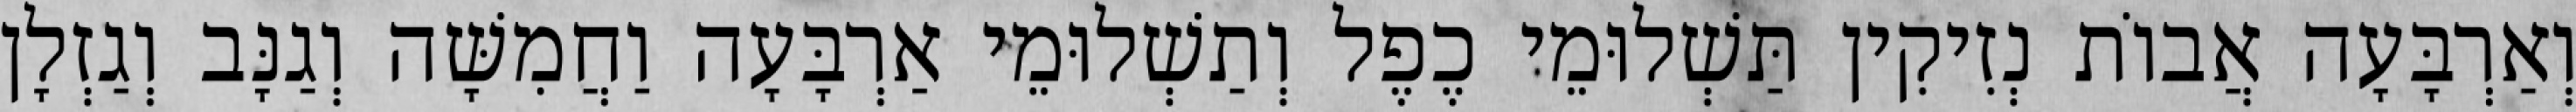
וְאַרְבָּעָה אֲבוֹת נְזִיקִין תַּשְׁלוּמֵי כֶפֶל וְתַשְׁלוּמֵי אַרְבָּעָה וַחֲמִשָּׁה וְגַנָּב וְגַזְלָן